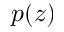
p ( z )